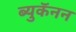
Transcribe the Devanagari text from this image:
ब्युकॅनन